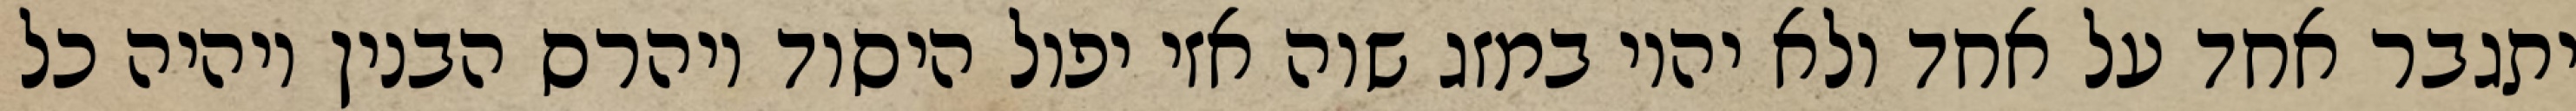
יתגבר אחד על אחד ולא יהיו במזג שוה אזי יפול היסוד ויהרס הבנין ויהיה כל